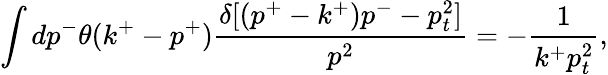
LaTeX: \int dp^{-}\theta(k^{+}-p^{+}){\frac{\delta[(p^{+}-k^{+})p^{-}-p_{t}^{2}]}{p^{2}}}=-{\frac{1}{k^{+}p_{t}^{2}}},